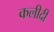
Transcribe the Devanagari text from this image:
कलीदी